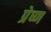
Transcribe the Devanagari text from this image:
प्रेष्ण